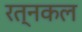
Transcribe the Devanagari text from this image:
रत्नकल